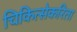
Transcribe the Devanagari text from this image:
चिकित्सेकरिता